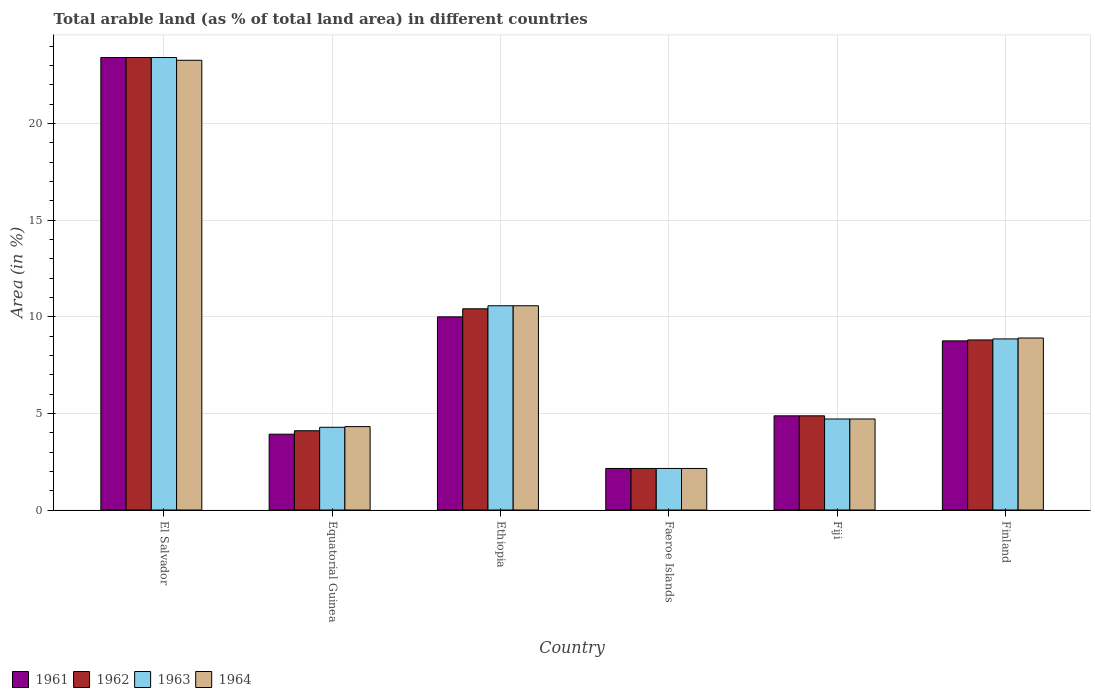
| Country | 1961 | 1962 | 1963 | 1964 |
 | --- | --- | --- | --- | --- |
 | El Salvador | 23.4 | 23.4 | 23.4 | 23.3 |
 | Equatorial Guinea | 3.92 | 4.1 | 4.28 | 4.31 |
 | Ethiopia | 9.99 | 10.4 | 10.6 | 10.6 |
 | Faeroe Islands | 2.15 | 2.15 | 2.15 | 2.15 |
 | Fiji | 4.87 | 4.87 | 4.71 | 4.71 |
 | Finland | 8.75 | 8.8 | 8.85 | 8.9 |